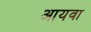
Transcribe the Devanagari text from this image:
आयवा